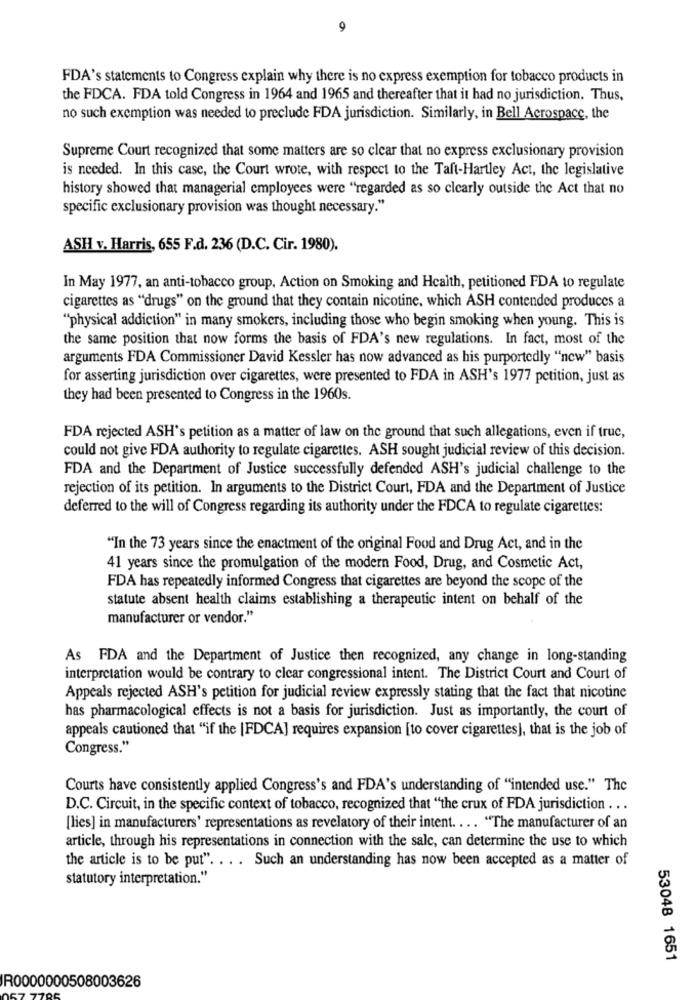
9
FDA's statements to Congress explain why there is no express exemption for tobacco products in
the FDCA. FDA told Congress in 1964 and 1965 and thereafter that it had no jurisdiction. Thus,
no such exemption was needed to preclude FDA jurisdiction. Similarly, in Bell Aerospace, the
Supreme Court recognized that some matters are so clear that no express exclusionary provision
is needed. In this case, the Court wrote, with respect to the Taft-Hartley Act, the legislative
history showed that managerial employees were "regarded as so clearly outside the Act that no
specific exclusionary provision was thought necessary."
ASH v. Harris, 655 F.d. 236 (D.C. Cir. 1980).
In May 1977, an anti-tobacco group, Action on Smoking and Health, petitioned FDA to regulate
cigarettes as "drugs" on the ground that they contain nicotine, which ASH contended produces a
"physical addiction" in many smokers, including those who begin smoking when young. This is
the same position that now forms the basis of FDA's new regulations. In fact, most of the
arguments FDA Commissioner David Kessler has now advanced as his purportedly "new" basis
for asserting jurisdiction over cigarettes, were presented to FDA in ASH's 1977 petition, just as
they had been presented to Congress in the 1960s.
FDA rejected ASH's petition as a matter of law on the ground that such allegations, even if truc,
could not give FDA authority to regulate cigarettes. ASH sought judicial review of this decision.
FDA and the Department of Justice successfully defended ASH's judicial challenge to the
rejection of its petition. In arguments to the District Court, FDA and the Department of Justice
deferred to the will of Congress regarding its authority under the FDCA to regulate cigarettes:
"In the 73 years since the enactment of the original Food and Drug Act, and in the
41 years since the promulgation of the modern Food, Drug, and Cosmetic Act,
FDA has repeatedly informed Congress that cigarettes are beyond the scope of the
statute absent health claims establishing a therapeutic intent on behalf of the
manufacturer or vendor."
As FDA and the Department of Justice then recognized, any change in long-standing
interpretation would be contrary to clear congressional intent. The District Court and Court of
Appeals rejected ASH's petition for judicial review expressly stating that the fact that nicotine
has pharmacological effects is not a basis for jurisdiction. Just as importantly, the court of
appeals cautioned that "if the |FDCA] requires expansion [to cover cigarettes], that is the job of
Congress."
Courts have consistently applied Congress's and FDA's understanding of "intended use." The
D.C. Circuit, in the specific context of tobacco, recognized that "the crux of FDA jurisdiction ...
[lies] in manufacturers' representations as revelatory of their intent .... "The manufacturer of an
article, through his representations in connection with the salc, can determine the use to which
the article is to be put". .. . Such an understanding has now been accepted as a matter of
statutory interpretation."
53048 1651
R0000000508003626